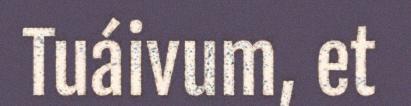
Tuáivum, et